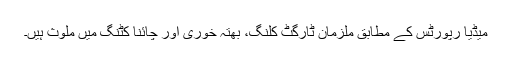
میڈیا رپورٹس کے مطابق ملزمان ٹارگٹ کلنگ، بھتہ خوری اور چائنا کٹنگ میں ملوث ہیں۔